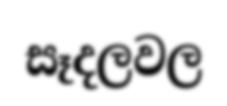
සෑදලවල